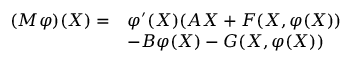
\begin{array} { r l } { ( M \varphi ) ( \boldsymbol { X } ) = } & { \varphi ^ { \prime } ( \boldsymbol { X } ) ( A \boldsymbol { X } + \boldsymbol { F } ( \boldsymbol { X } , \varphi ( \boldsymbol { X } ) ) } \\ & { - B \varphi ( \boldsymbol { X } ) - \boldsymbol { G } ( \boldsymbol { X } , \boldsymbol { \varphi } ( \boldsymbol { X } ) ) } \end{array}